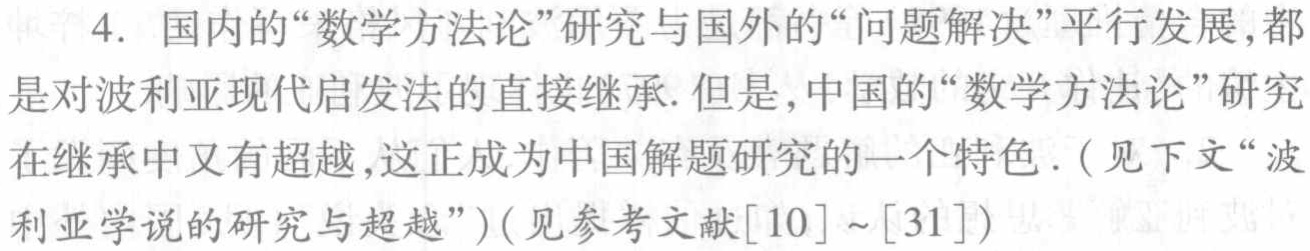
4. 国内的“数学方法论”研究与国外的“问题解决”平行发展,都是对波利亚现代启发法的直接继承. 但是, 中国的“数学方法论”研究在继承中又有超越,这正成为中国解题研究的一个特色.（见下文“波利亚学说的研究与超越”）(见参考文献$[10]\sim[31]$)